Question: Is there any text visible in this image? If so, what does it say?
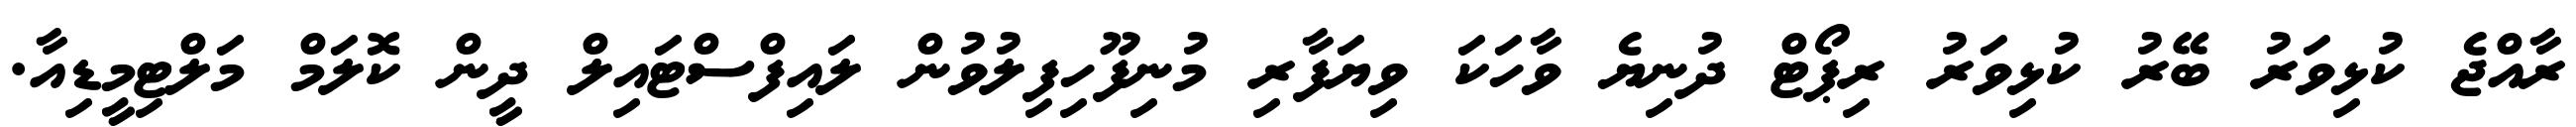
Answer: ރާއްޖެ ކުޅިވަރު ބޭރު ކުޅިވަރު ރިޕޯޓް ދުނިޔެ ވާހަކަ ވިޔަފާރި މުނިފޫހިފިލުވުން ލައިފްސްޓައިލް ދީން ކޮލަމް މަލްޓިމީޑިއާ.